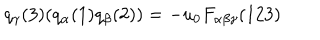
q _ { \gamma } ( 3 ) ( q _ { \alpha } ( 1 ) q _ { \beta } ( 2 ) ) = - u _ { 0 } F _ { \alpha \beta \gamma } ( 1 2 3 )